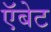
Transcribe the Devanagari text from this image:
ऍबेट